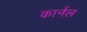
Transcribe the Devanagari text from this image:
कार्नल